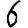
Digit: 6